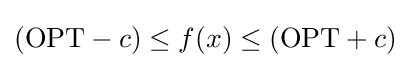
(\mathrm {OPT} -c)\leq f(x)\leq (\mathrm {OPT} +c)